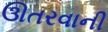
ઊતરવાની